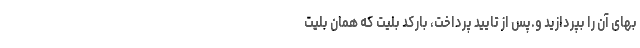
بهای آن را بپردازید و.پس از تایید پرداخت، بارکد بلیت که همان بلیت